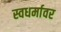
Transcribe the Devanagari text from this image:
स्वधर्मावर